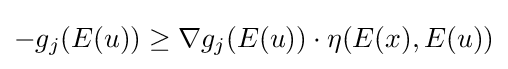
-g_{j}(E(u))\geq \nabla g_{j}(E(u))\cdot \eta (E(x),E(u))